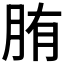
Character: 𦛒